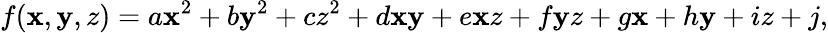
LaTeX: f(\mathbf{x},\mathbf{y},z)=a\mathbf{x}^{2}+b\mathbf{y}^{2}+cz^{2}+d\mathbf{x}\mathbf{y}+e\mathbf{x}z+f\mathbf{y}z+g\mathbf{x}+h\mathbf{y}+iz+j,